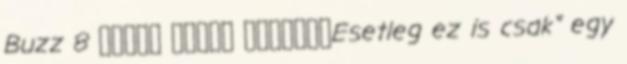
Buzz 8 كانون الأول ديسمبردEsetleg ez is csak" egy